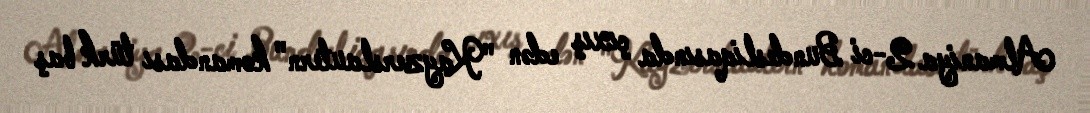
Almaniya 2-ci Bundesliqasında çıxış edən "Kayzerslautern" komandası türk baş